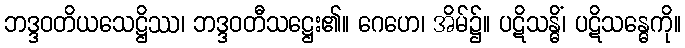
ဘဒ္ဒဝတိယသေဋ္ဌိဿ၊ ဘဒ္ဒဝတီသဋ္ဌေး၏။ ဂေဟေ၊ အိမ်၌။ ပဋိသန္ဓိံ၊ ပဋိသန္ဓေကို။